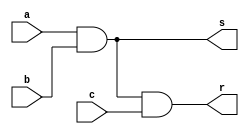
// Nome: Rayan Darwin

// UMA SAIDA, NAO DUAS !

module andgate(output s, output r, input a, input b, input c);
 assign s = (a & b);
 assign r = (s & c);
endmodule

module teste;
 reg x,y,w;
 wire z,t;
 
 andgate AND1 (z,t,x,y,w);
 
 initial begin
  x=0; y=0; w=0;
  $display("Teste\nx y w t");
  $monitor("%b %b %b %b",x,y,w,t);
  
  #1 x=0; y=0; w=1;
  #1 x=0; y=1; w=0;
  #1 x=0; y=1; w=1;
  #1 x=1; y=0; w=0;
  #1 x=1; y=0; w=1;
  #1 x=1; y=1; w=0;
  #1 x=1; y=1; w=1;
 end
 
endmodule